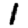
Digit: 1